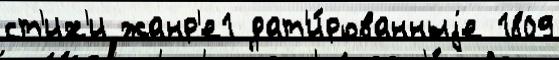
ст'их'и жанр'е1 дат'и́рованныjе 1809